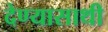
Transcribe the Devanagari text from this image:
देण्यासाथी